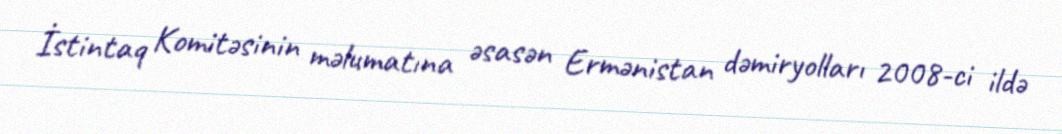
İstintaq Komitəsinin məlumatına əsasən Ermənistan dəmiryolları 2008-ci ildə